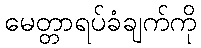
မေတ္တာရပ်ခံချက်ကို